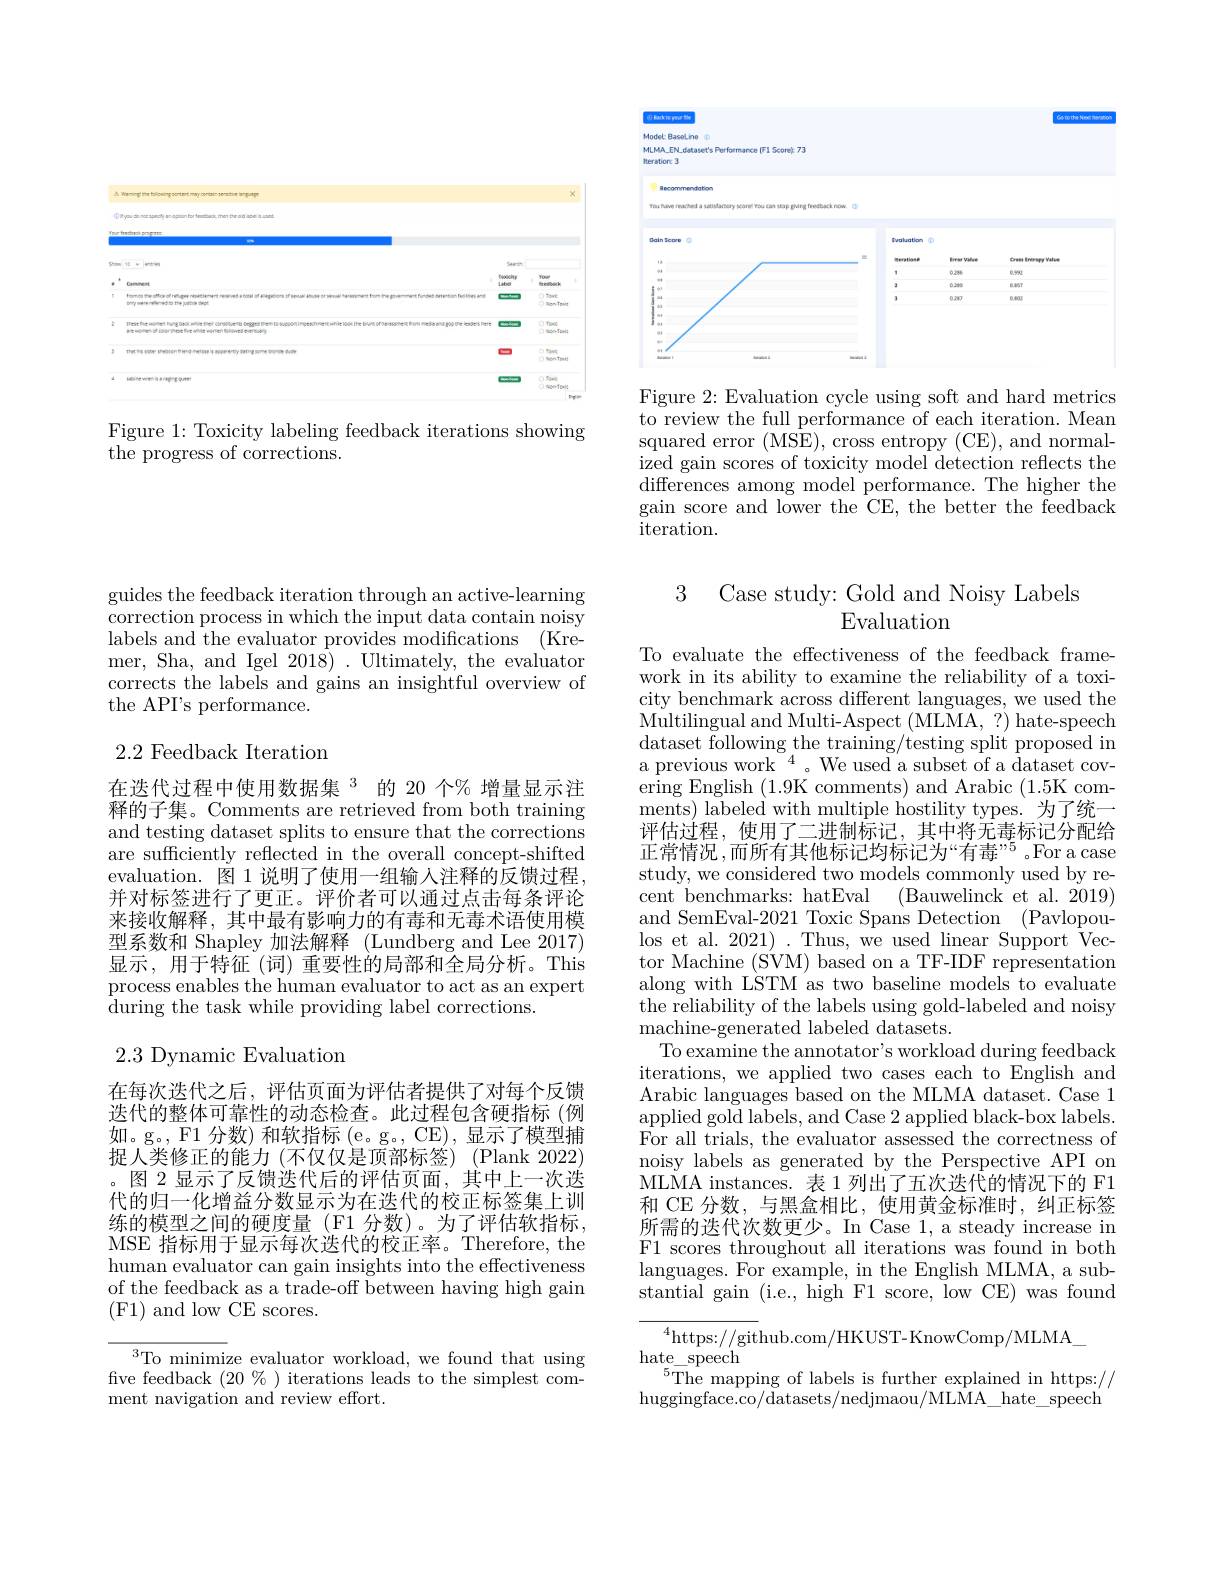
<FigureHere>

Figure 1: Toxicity labeling feedback iterations showing
the progress of corrections.

guides the feedback iteration through an active-learning correction process in which the input data contain noisy labels and the evaluator provides modifications (Kremer, Sha, and Igel 2018). Ultimately, the evaluator corrects the labels and gains an insightful overview of the API's performance.

## 2.2 Feedback Iteration

在迭代过程中使用数据集$^{3}$的 20 个% 增量显示注释的子集。Comments are retrieved from both training and testing dataset splits to ensure that the corrections are sufficiently reflected in the overall concept-shifted evaluation. 图 1 说明了使用一组输入注释的反馈过程， 并对标签进行了更正。评价者可以通过点击每条评论来接收解释，其中最有影响力的有毒和无毒术语使用模型系数和 Shapley 加法解释 (Lundberg and Lee 2017) 显示，用于特征 (词) 重要性的局部和全局分析。This process enables the human evaluator to act as an expert during the task while providing label corrections.

2.3 Dynamic Evaluation

在每次迭代之后，评估页面为评估者提供了对每个反馈迭代的整体可靠性的动态检查。此过程包含硬指标(例如。g。, F1 分数) 和软指标 (e。g。, CE), 显示了模型捕捉人类修正的能力(不仅仅是顶部标签)(Plank 2022) 。图 2 显示了反馈迭代后的评估页面，其中上一次迭代的归一化增益分数显示为在迭代的校正标签集上训练的模型之间的硬度量 (F1 分数)。为了评估软指标， MSE 指标用于显示每次迭代的校正率。Therefore,the human evaluator can gain insights into the effectiveness of the feedback as a trade-off between having high gain (F1) and low CE scores.

$^{3}$To minimize evaluator workload, we found that using five feedback $(20\%)$ iterations leads to the simplest comment navigation and review effort.

<FigureHere>

Figure 2: Evaluation cycle using soft and hard metrics to review the full performance of each iteration. Mean squared error (MSE), cross entropy (CE), and normalized gain scores of toxicity model detection reflects the differences among model performance. The higher the gain score and lower the CE, the better the $\bar{\text{feedback}}$ iteration.

3 Case study: Gold and Noisy Labels
# Evaluation

To evaluate the effectiveness of the feedback framework in its ability to examine the reliability of a toxicity benchmark across different languages, we used the Multilingual and Multi-Aspect (MLMA, ?) hate-speech dataset $\bar{f}$ollowing the training/ testing split proposed in a previous work$^{\mathrm{~}}^{\mathrm{~}}{4}$。We used a subset of a dataset covering English ( 1. 9K comments) and Arabic ( 1. 5K com- ments) labeled with multiple hostility types. 为了统一评估过程，使用了二进制标记，其中将无毒标记分配给正常情况 ,而所有其他标记均标记为“有毒”5。For a case study, we considered two models commonly used by recent benchmarks: hatEval
(Bauwelinck et al. 2019)
and SemEval-2021 Toxic Spans Detection (Pavlopoulos et al. 2021) . Thus, we used linear Support Vec- tor Machine (SVM) based on a TF-IDF representation along with LSTM as two baseline models to evaluate the reliability of the labels using gold-labeled and noisy machine-generated labeled datasets.
To examine the annotator's workload during feedback iterations, we applied two cases each to English and Arabic languages based on the MLMA dataset. Case 1 applied gold labels, and Case 2 applied black-box labels. For all trials, the evaluator assessed the correctness of noisy labels as generated by the Perspective API on MLMA instances. 表 1 列出了五次迭代的情况下的 F1和 CE 分数，与黑盒相比，使用黄金标准时，纠正标签所需的迭代次数更少。In Case 1, a steady increase in F1 scores throughout all iterations was found in both languages. For example, in the English MLMA, a substantial gain (i.e., high F1 score, low CE) was found
${^{4}\mathrm{https://github.com/HKUST-KnowComp/MLMA}}$

$\operatorname*{hate}_{5}$speech
$^{5}$The mapping of labels is further explained in https:// huggingface.co/datasets/nedjmaou/MLMA_hate_speech